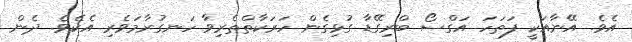
އެވެ. އޭނާއަކީ ފަތަހަ އަގްސޯ ބްރިގޭޑާ ގުޅިގެން ހަރަކާތްތެރިވާ ހަނގުރާމަވެރި އެކެވެ. ދެން